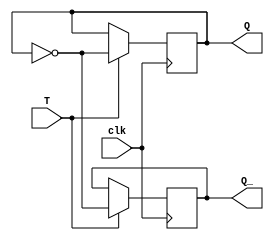
module T_flip_flop (
    input wire clk, // Clock input
    input wire T,   // Toggle input
    output reg Q,   // Output Q
    output reg Q_   // Output Q'
);

always @(posedge clk) begin
    if (T) begin
        Q <= ~Q; // Toggle Q if T is high
        Q_ <= ~Q; // Complement of Q
    end
end

endmodule